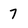
Character: 7